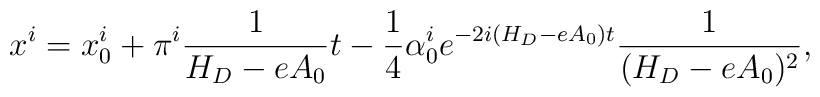
x^i = x_0^i + \pi^i\frac 1{H_D - eA_0}t -\frac 14\alpha_0^i e^{-2i(H_D - eA_0)t}\frac 1{(H_D-eA_0)^2},